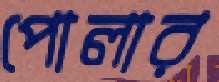
পোলার